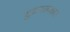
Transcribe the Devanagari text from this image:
शुक्रवाहकात